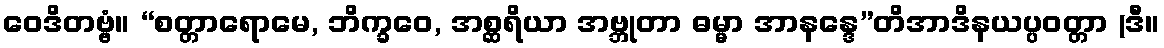
ဝေဒိတဗ္ဗံ။ “စတ္တာရောမေ, ဘိက္ခဝေ, အစ္ဆရိယာ အဗ္ဘုတာ ဓမ္မာ အာနန္ဒေ”တိအာဒိနယပ္ပဝတ္တာ (ဒီ။